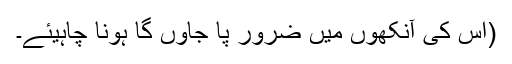
(اس کی آنکھوں میں ضرور پا جاوں گا ہونا چاہیئے۔